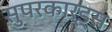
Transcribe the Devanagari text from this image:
सुपरकार्ड्स